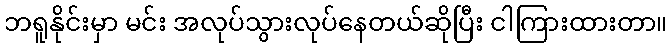
ဘရူနိုင်းမှာ မင်း အလုပ်သွားလုပ်နေတယ်ဆိုပြီး ငါကြားထားတာ။